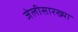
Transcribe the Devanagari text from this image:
जेलीसारख्या